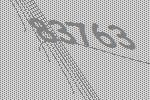
83763